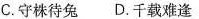
C.守株待兔 D.千载难逢